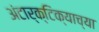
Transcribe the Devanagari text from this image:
अंटार्क्टिक्याच्या